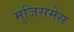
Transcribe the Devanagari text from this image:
मुजिसमेस